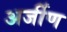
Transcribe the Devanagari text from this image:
अर्जीण